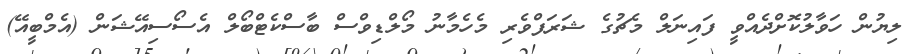
ލިޔުން ހަވާލުކޮށްދެއްވީ ފައިނަލް މެޗުގެ ޝަރަފްވެރި މެހެމާނު މޯލްޑިވްސް ބާސްކެޓްބޯލް އެސޯސިއޭޝަން (އެމްބީއޭ)